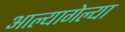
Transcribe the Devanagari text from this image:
आल्यागेल्या